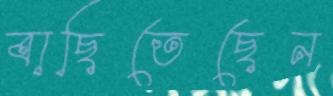
বাছিতেছেন